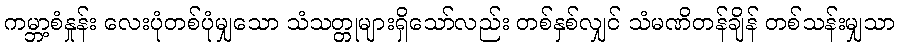
ကမ္ဘာ့စံနှုန်း လေးပုံတစ်ပုံမျှသော သံသတ္တုများရှိသော်လည်း တစ်နှစ်လျှင် သံမဏိတန်ချိန် တစ်သန်းမျှသာ